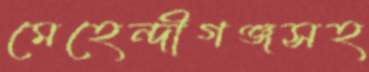
মেহেন্দীগঞ্জসহ